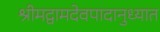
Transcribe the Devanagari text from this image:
श्रीमद्वामदेवपादानुध्यात